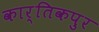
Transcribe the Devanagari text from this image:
कार्तिकपुर